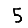
Digit: 5